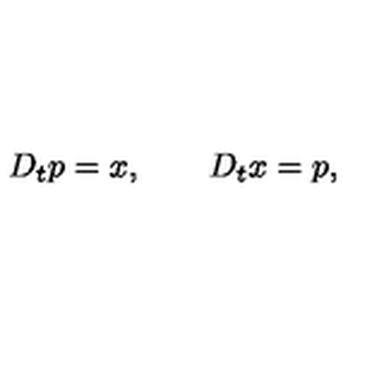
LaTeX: D _ { t } p = x , \qquad D _ { t } x = p ,